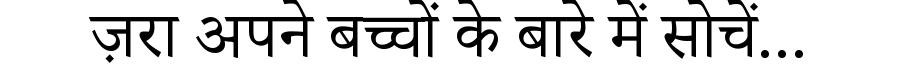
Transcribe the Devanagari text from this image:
ज़रा अपने बच्चों के बारे में सोचें...